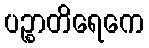
ပဉ္စာတိရေကေ